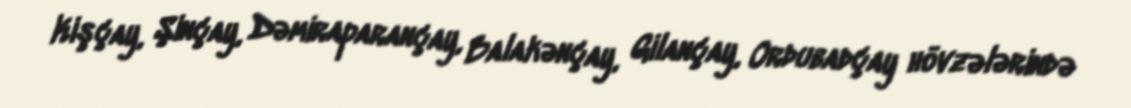
Kişçay, Şinçay, Dəmiraparançay, Balakənçay, Gilançay, Ordubadçay hövzələrində